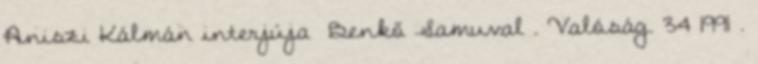
Aniszi Kálmán interjúja Benkő Samuval . Valóság. 34 1991 .